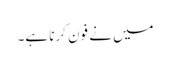
میں نے فون کرنا ہے۔